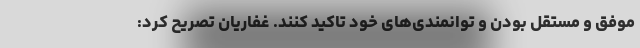
موفق و مستقل بودن و توانمندی‌های خود تاکید کنند. غفاریان تصریح کرد: